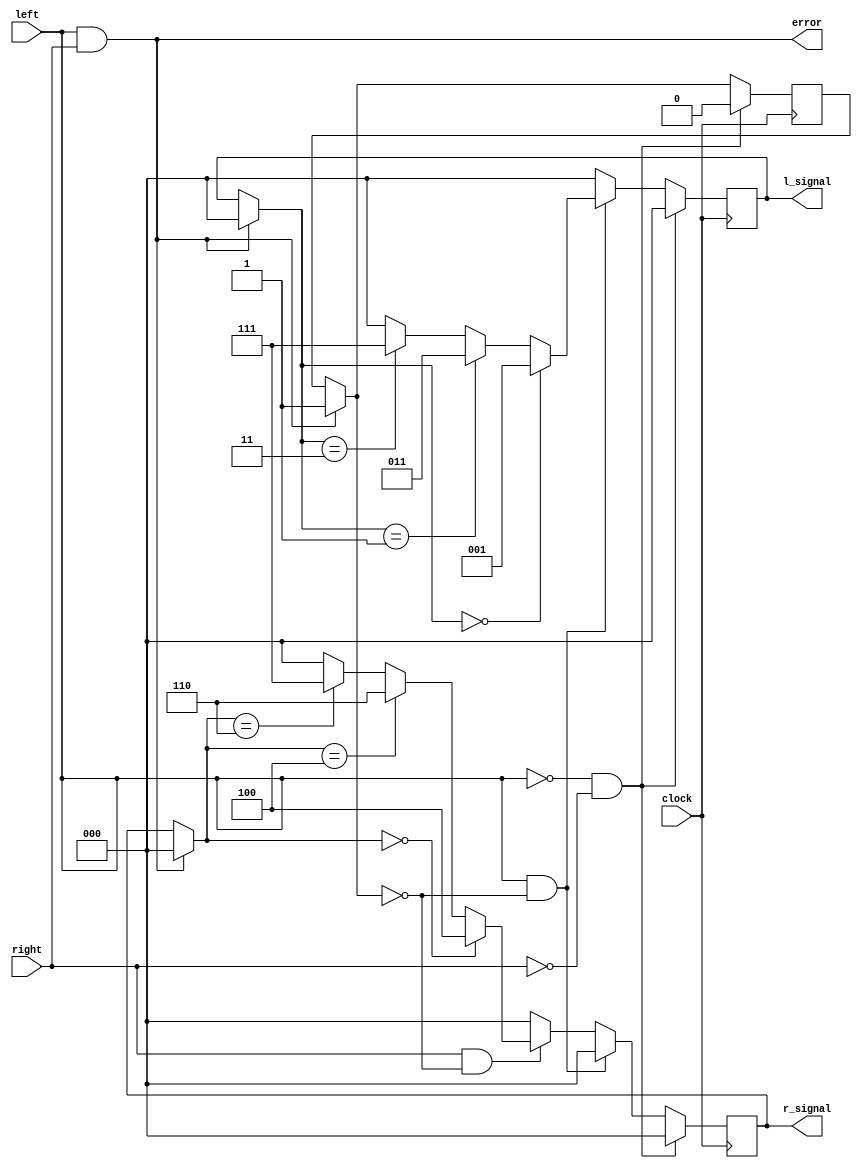
module turn(input clock, input left, input right, output [2:0] l_signal, output [2:0] r_signal, output error);

//a flag previous_e is created to handle
//the case of exiting error state (not blinking having one of the direction switch on)
reg [2:0] ltemp, rtemp;
reg previous_e = 0;
wire errortemp;

assign errortemp = (left & right);
assign l_signal = ltemp;
assign r_signal = rtemp;
assign error = errortemp;


always @(posedge clock) begin

//check error, if so, send to both 000 states.
		if (1 == errortemp) begin
				ltemp = 3'b000;
				rtemp = 3'b000;
				previous_e = 1;
			end
			
//check clear state, if so, send to both 000 states, reset error.
		if (0 == left & 0 == right) begin
			previous_e = 0;
			ltemp = 3'b000;
			rtemp = 3'b000;
		end	

//left turning state sequences		
		else if (1 == left & previous_e == 0) begin
			rtemp = 3'b000;

			if (ltemp == 3'b000) begin
				ltemp = 3'b001;
			end
			else if (ltemp == 3'b001) begin
				ltemp = 3'b011;
			end
			else if (ltemp == 3'b011) begin
				ltemp = 3'b111;
			end
			else begin
				ltemp = 3'b000;
			end
		end
		
//right turning state sequences		
		else if (1 == right & previous_e == 0) begin
			ltemp = 3'b000;

			if (rtemp == 3'b000) begin
				rtemp = 3'b100;
			end
			else if (rtemp == 3'b100) begin
				rtemp = 3'b110;
			end
			else if (rtemp == 3'b110) begin
				rtemp = 3'b111;
			end
			else begin
				rtemp = 3'b000;
			end
		end

//other states, if any exists, would be sent to clear states.
		else begin
			ltemp = 3'b000;
			rtemp = 3'b000;
		end
end


endmodule